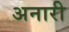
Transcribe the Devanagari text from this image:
अनारी